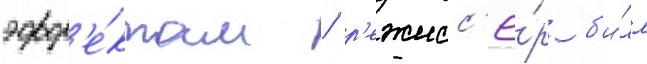
эфф'е́ктам / р'ежисс'ё́р б'и́лл